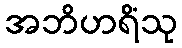
အဘိဟရိံသု